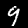
Label: 9